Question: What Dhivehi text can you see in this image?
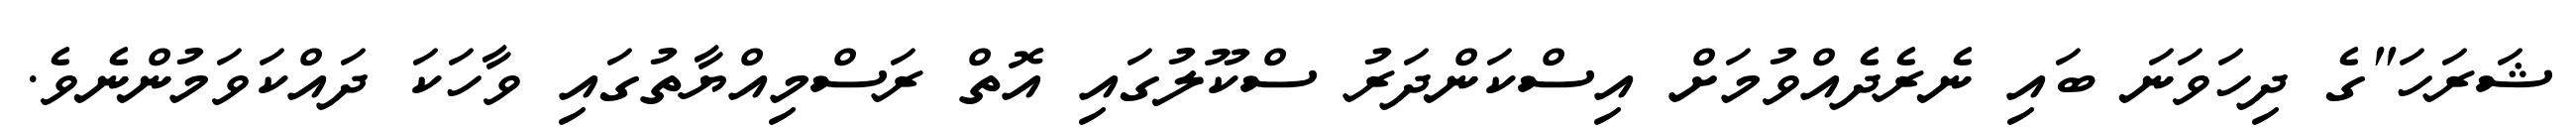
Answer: ޝަރަހަ"ގެ ދިހަވަނަ ބައި ނެރެދެއްވުމަށް އިސްކަންދަރު ސްކޫލުގައި އޮތް ރަސްމިއްޔާތުގައި ވާހަކަ ދައްކަވަމުންނެވެ.